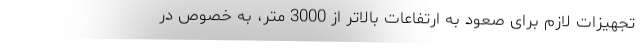
تجهیزات لازم برای صعود به ارتفاعات بالاتر از 3000 متر، به خصوص در